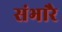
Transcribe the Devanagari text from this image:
संभारै